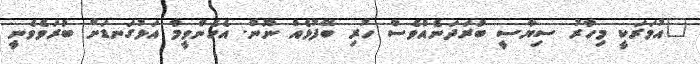
"އުމަރަކީ މިހާރު ސިޔާސީ ބުރަދަނެއްވެސް ހުރި ބޭފުޅެއް ނޫން. އެހެންވީމާ އަޅުގަނޑަށް ބުރަވެވެނީ